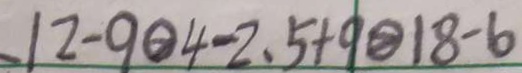
、 1 2 - 9 \textcircled { > } 4 - 2 . 5 + 9 \textcircled { > } 1 8 - 6